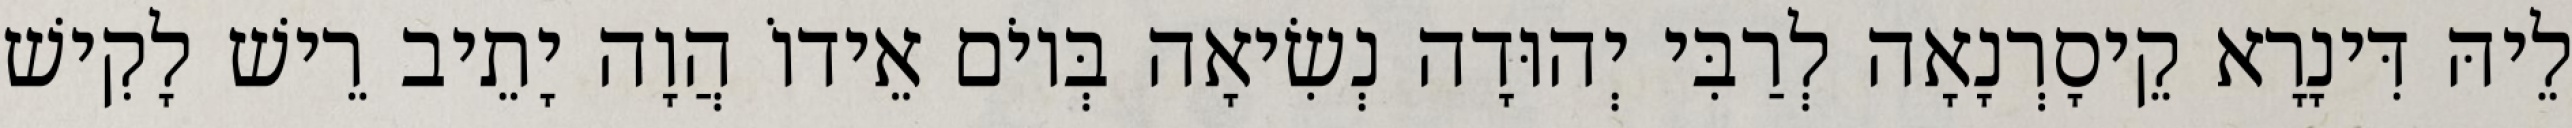
לֵיהּ דִּינָרָא קֵיסָרְנָאָה לְרַבִּי יְהוּדָה נְשִׂיאָה בְּיוֹם אֵידוֹ הֲוָה יָתֵיב רֵישׁ לָקִישׁ